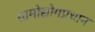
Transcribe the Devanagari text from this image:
ग्रामोद्योगप्रधान